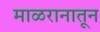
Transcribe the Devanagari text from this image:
माळरानातून